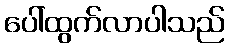
ပေါ်ထွက်လာပါသည်